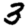
Digit: 3